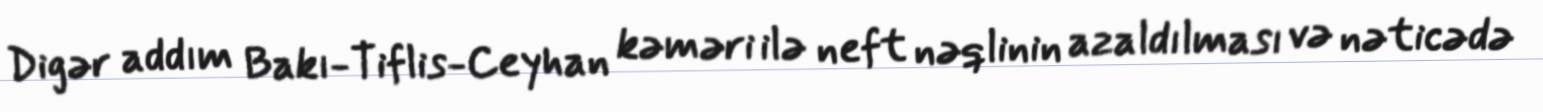
Digər addım Bakı-Tiflis-Ceyhan kəməri ilə neft nəqlinin azaldılması və nəticədə